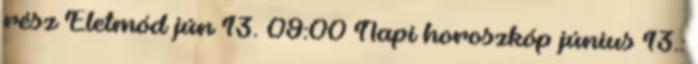
rész Életmód jún 13. 09:00 Napi horoszkóp június 13.: